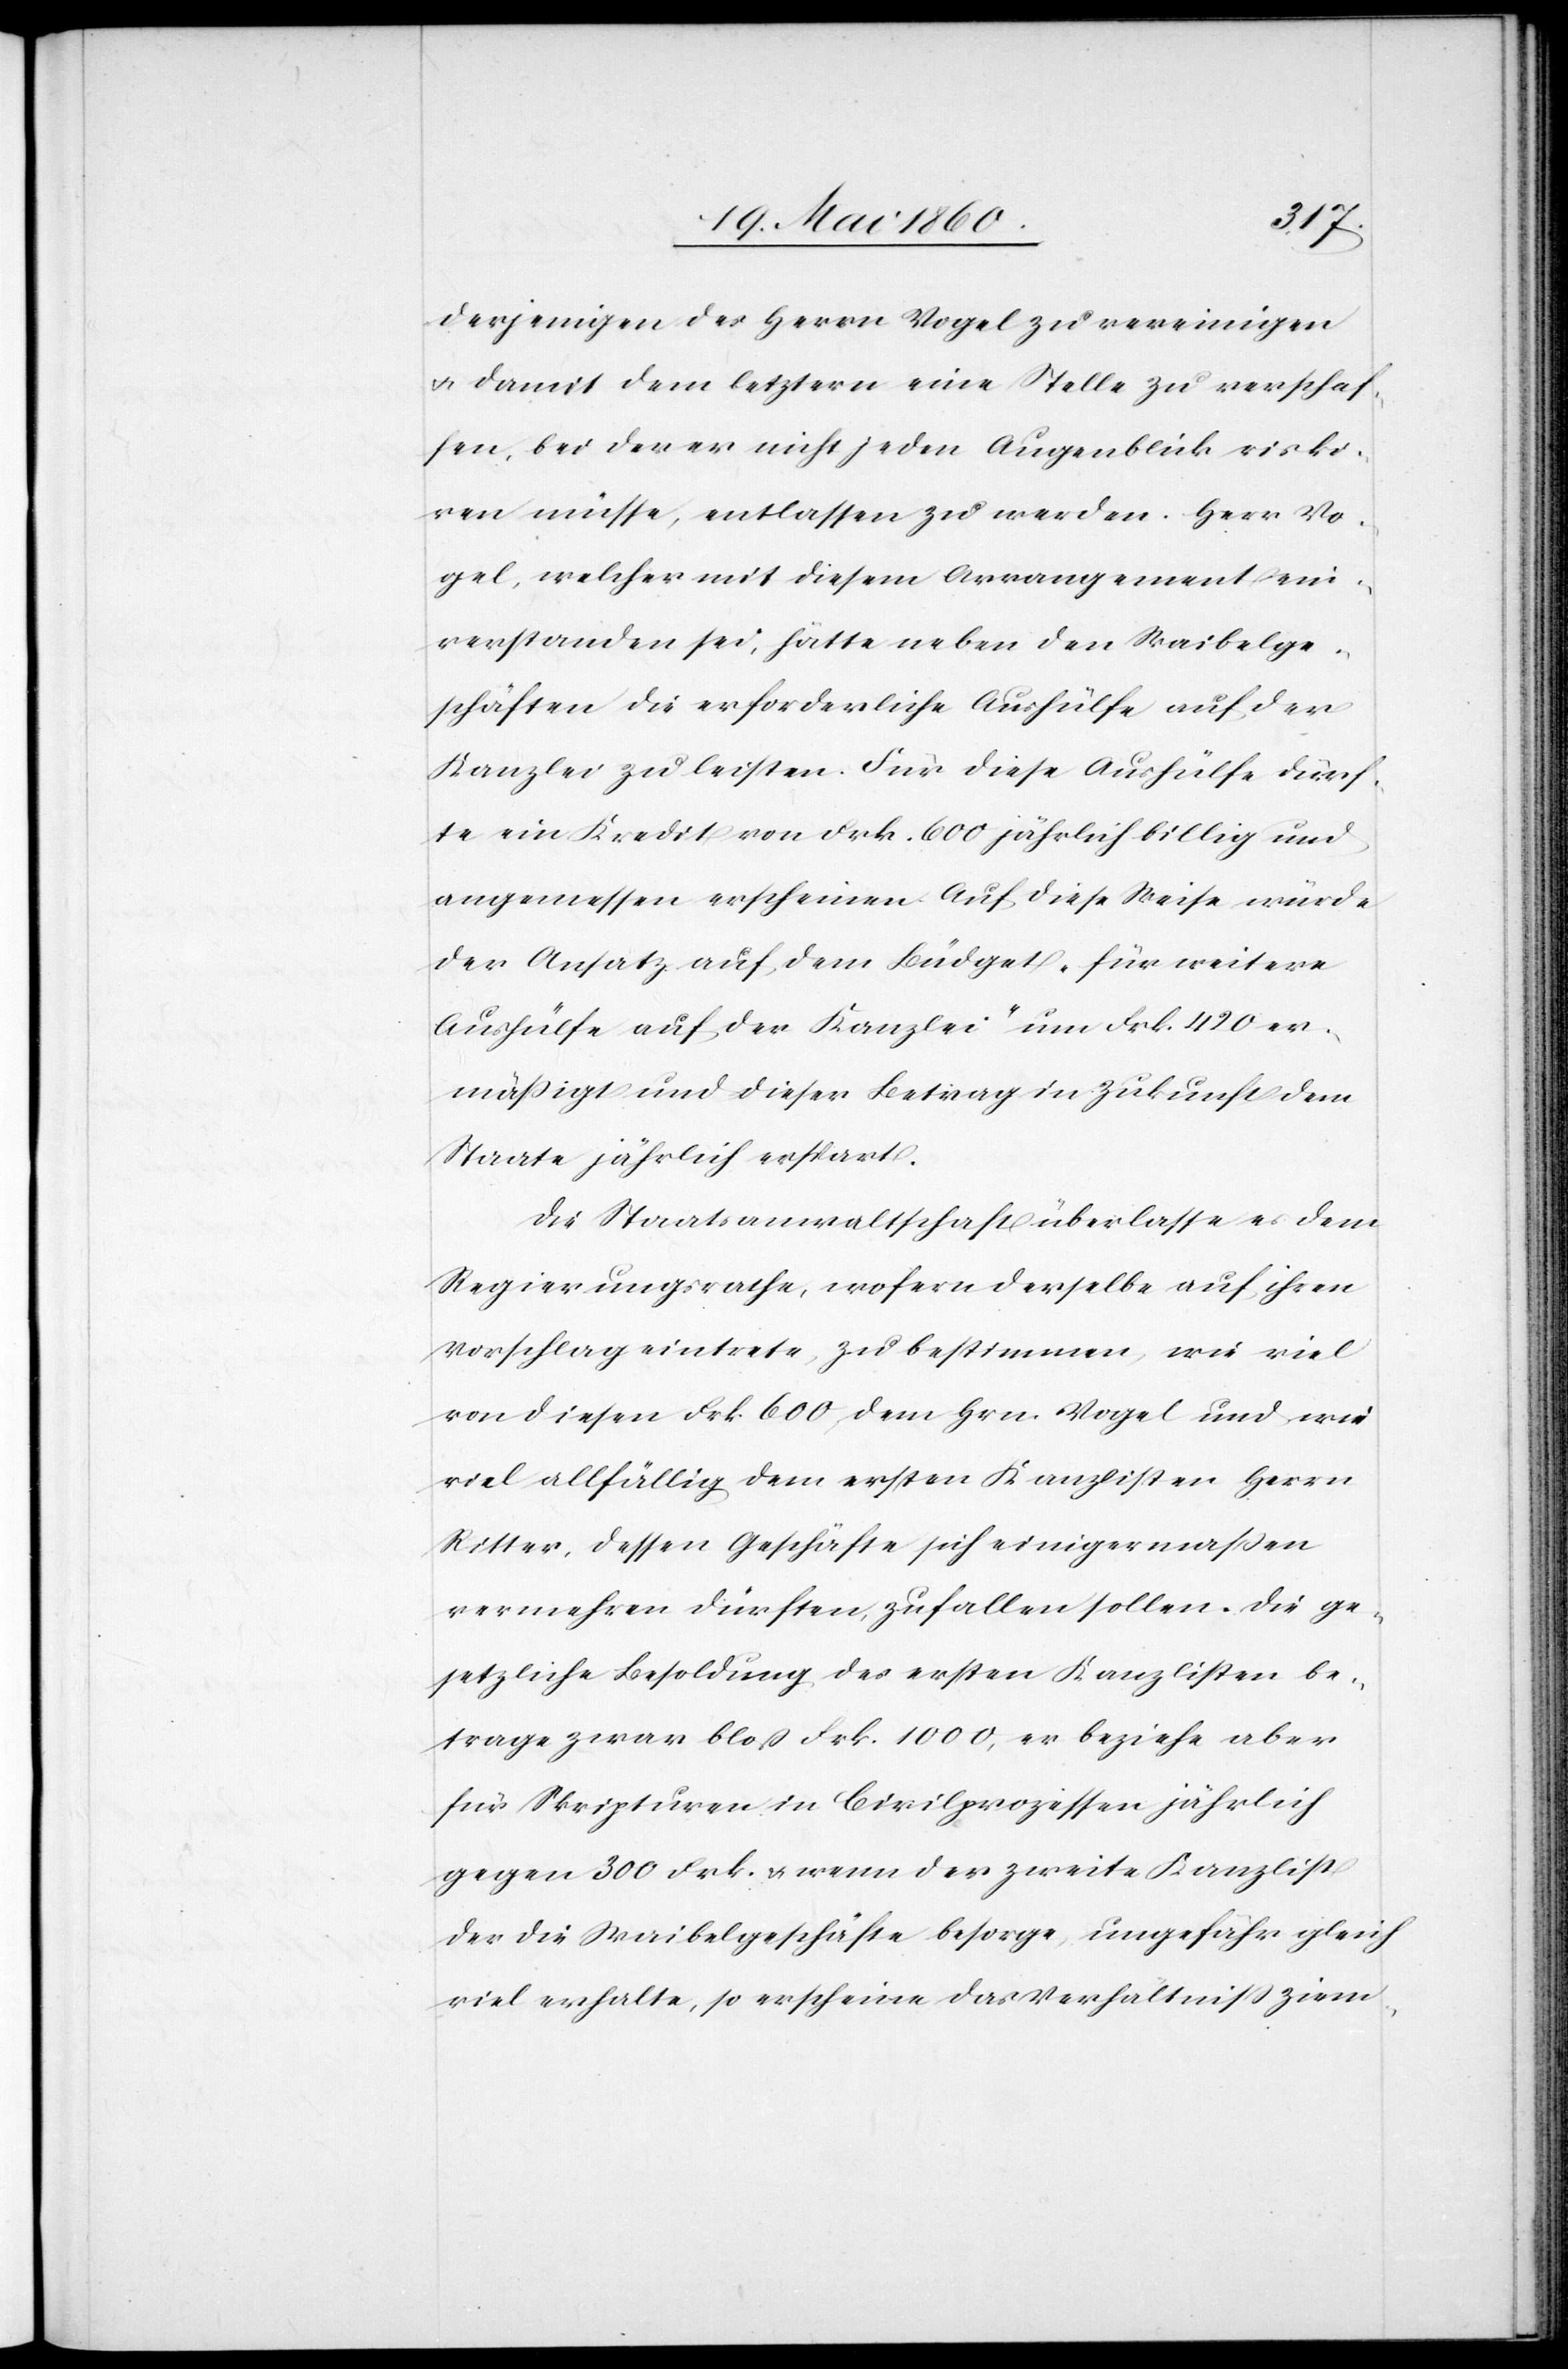
derjenigen des Herrn Vogel zu vereinigen
u. damit dem letztern eine Stelle zu verschaf¬
fen, bei der er nicht jeden Augenblick riski¬
ren müsse, entlassen zu werden. Herr Vo¬
gel, welcher mit diesem Arrangement ein¬
verstanden sei, hätte neben den Waibelge¬
bühren die erforderliche Aushülfe auf der
Kanzlei zu leisten. Für diese Aushülfe dürf¬
te ein Kredit von Frk. 600 jährlich billig und
angemessen erscheinen. Auf diese Weise würde
der Ansatz auf dem Büdget „für weitere
Aushülfe auf der Kanzlei“ um Frk. 420 er¬
mässigt und dieser Betrag in Zukunft dem
Staate jährlich erspart.
Die Staatsanwaltschaft überlasse es dem
Regierungsrathe, wofern derselbe auf ihren
Vorschlag eintrete, zu bestimmen, wie viel
von diesen Frk. 600 dem Hrn. Vogel und wie
viel allfällig dem ersten Kanzlisten Herrn
Ritter, dessen Geschäfte sich einigermassen
vermehren dürften, zufallen sollen. Die ge¬
setzliche Besoldung des ersten Kanzlisten be¬
trage zwar blos Frk. 1000, er beziehe aber
für Skripturen in Civilprozessen jährlich
gegen 300. Frk. u. wenn der zweite Kanzlist
der die Waibelgeschäfte besorge, ungefähr gleich
viel erhalte, so erscheine das Verhältniss ziem-